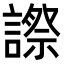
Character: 𧫕